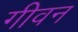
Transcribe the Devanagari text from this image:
गीवन